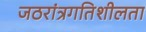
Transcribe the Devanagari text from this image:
जठरांत्रगतिशीलता